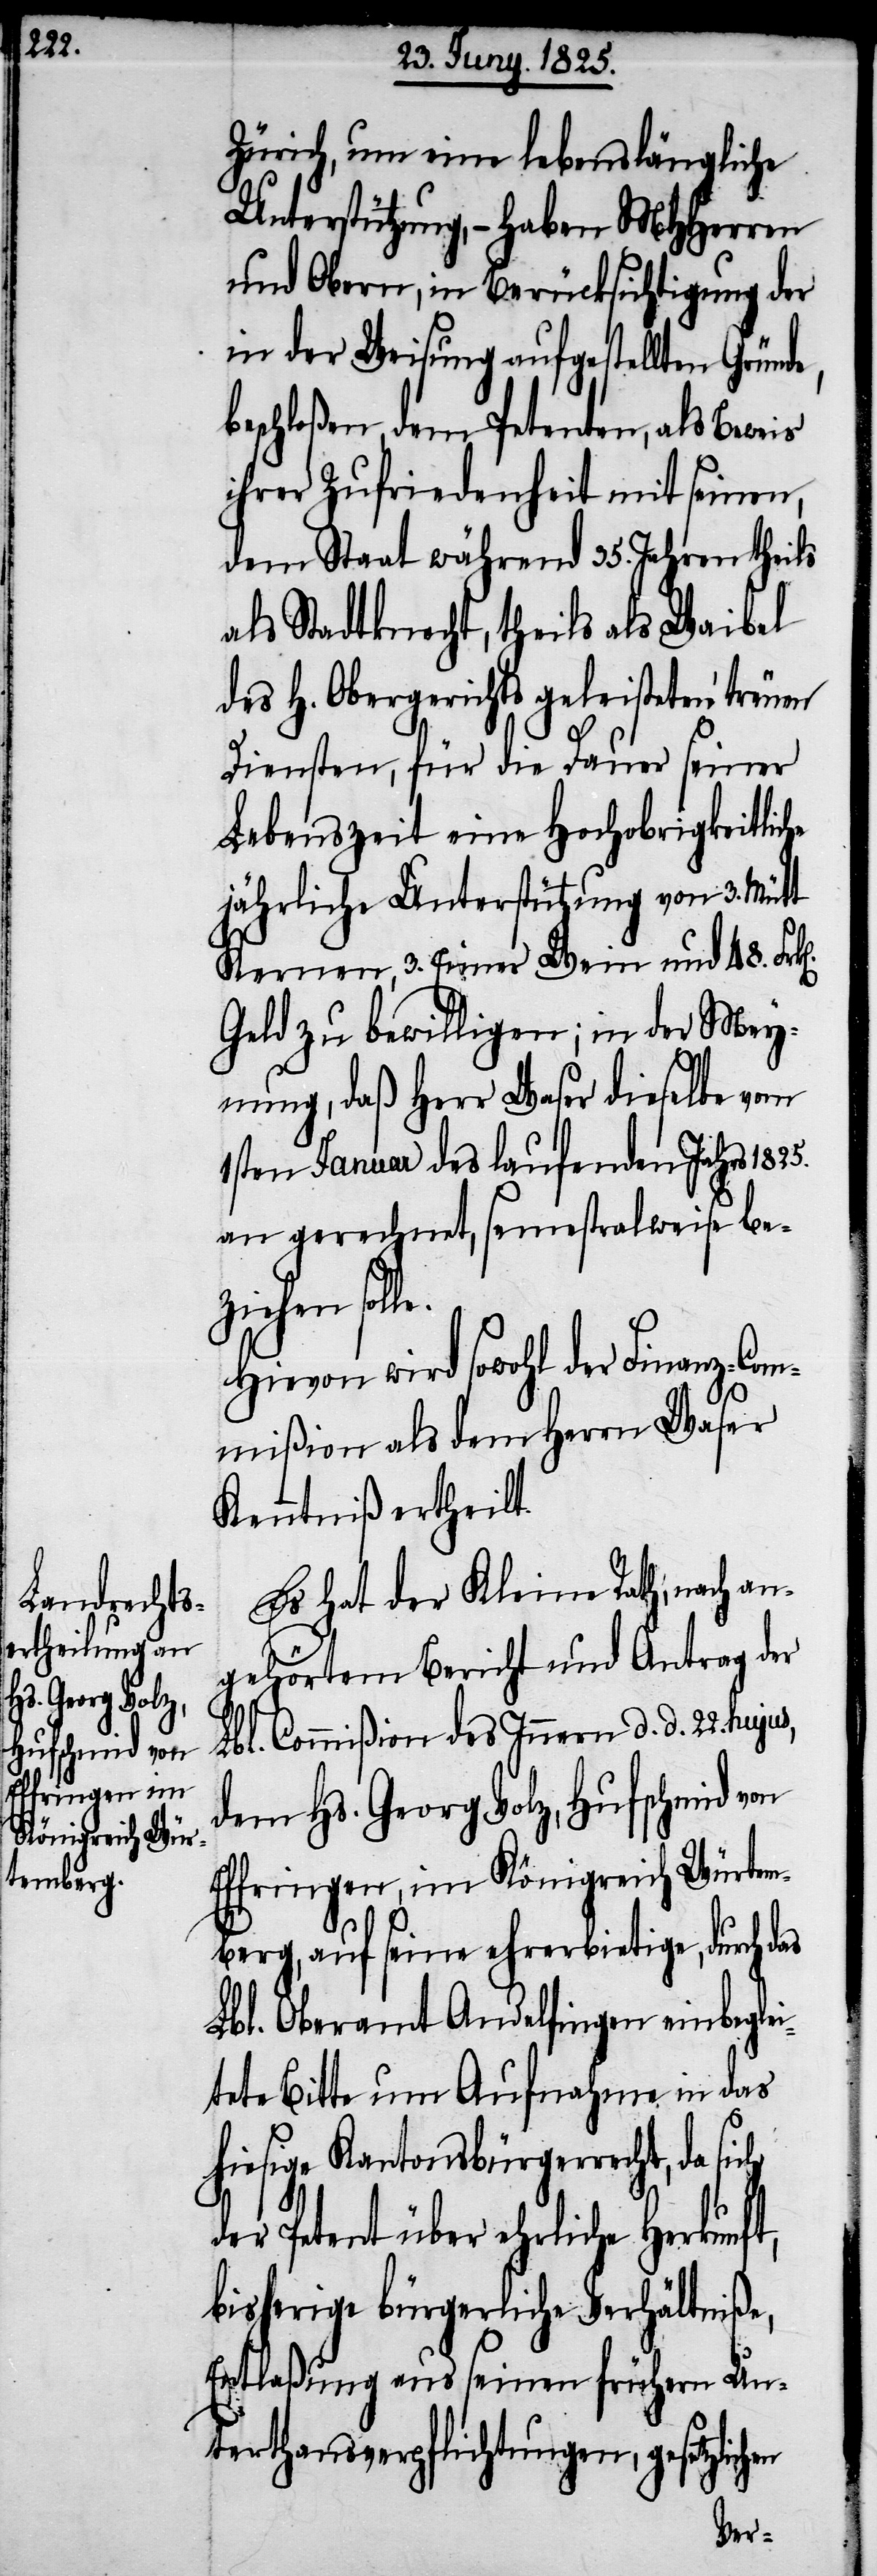
le.

Zürich, um eine lebenslängliche
Unterstützung, – haben MHHerren
und Obern, in Berücksichtigung der
in der Weisung aufgestellten Gründ¬
beschloßen, dem Petenten, als Beweis
ihrer Zufriedenheit mit seinen,
dem Staat während 35. Jahren theils
als Stadtknecht, theils als Waibel
des H. Obergerichts geleisteten treuen
Diensten, für die Dauer seiner
Lebenszeit eine Hochobrigkeitliche
jährliche Unterstützung von 3. Mütt
Kernen, 3. Eimer Wein und 48. Fr¬
Geld zu bewilligen; in der Mey¬
nung, daß Herr Waser dieselbe vom
1sten Januar des laufenden Jahres
an gerechnet, semestralweise bez¬
iehen sol¬
Hievon wird sowohl der Finanz-Com¬
mißion als dem Herrn Waser
Kenntniß ertheilt.
Es hat der Kleine Rath, nach an¬
gehörtem Bericht und Antrag der
Lbl. Commißion des Innern d. d. 22. hujus,
dem Hs. Georg Volz, Hufschmid von
Effringen, im Königreich Würtem¬
berg, auf seine ehrerbietige, durch das
Lbl. Oberamt Andelfingen einbeglei¬
tete Bitte um Aufnahme in das
hiesige Kantonsbürgerrecht, da
der Petent über ehrliche Herkunft,
bisherige bürgerliche Verhältniße,
Entlaßung aus seinen frühern Un¬
terthansverpflichtungen, gesetzlic¬
hen